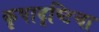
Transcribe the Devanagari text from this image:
कृपादृष्टिचा